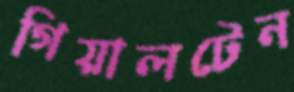
গিয়ালটেন